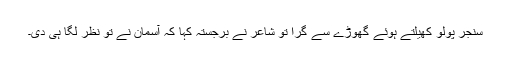
سنجر پولو کھیلتے ہوئے گھوڑے سے گرا تو شاعر نے برجستہ کہا کہ آسمان نے تو نظر لگا ہی دی۔